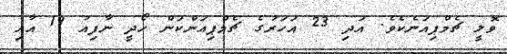
ވޮލީ ޗެމްޕިއަނެކެވެ. އަދި 23 އަހަރުގެ ޗެމްޕިއަންކަން ހޯދީ ނާފިއު 19 އާއި